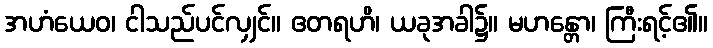
အဟံယေဝ၊ ငါသည်ပင်လျှင်။ ဧတရဟိ၊ ယခုအခါ၌။ မဟန္တော၊ ကြီးရင့်၏။